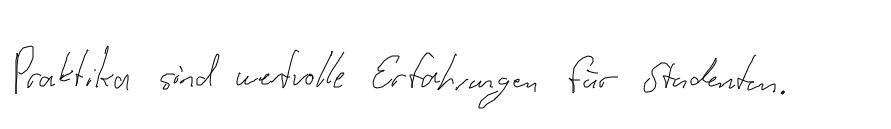
Praktika sind wertvolle Erfahrungen für Studenten.